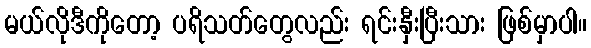
မယ်လိုဒီကိုတော့ ပရိသတ်တွေလည်း ရင်းနှီးပြီးသား ဖြစ်မှာပါ။